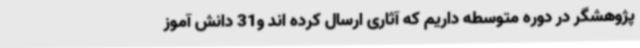
پژوهشگر در دوره متوسطه داریم که آثاری ارسال کرده اند و31 دانش آموز